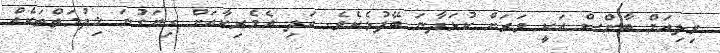
ވިލިއަމް ބާންސް އަކީ ވަރަށް ކުޅަދާނަ ބޭފުޅެކެވެ. އަދި އެމެރިކާއަށް ގިނަގުނަ ޚިދުމަތްތަކެއް